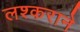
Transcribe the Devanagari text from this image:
लश्कराने